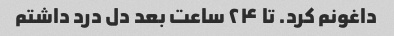
داغونم کرد. تا ۲۴ ساعت بعد دل درد داشتم